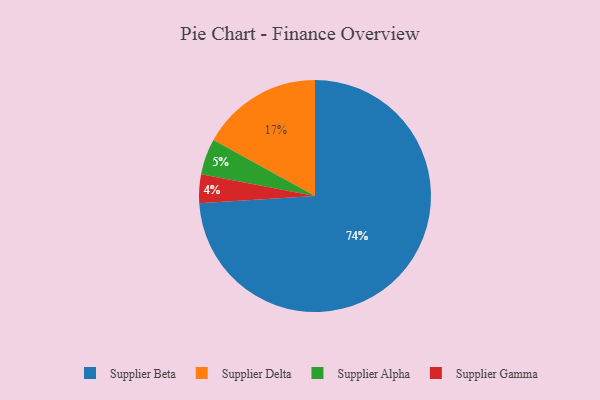
{"axis": {"x": "Category", "y": "Percentage"}, "legend": ["Supplier Alpha", "Supplier Beta", "Supplier Delta", "Supplier Gamma"], "data": [{"x": "Supplier Gamma", "y": 4, "type": "Supplier Gamma"}, {"x": "Supplier Beta", "y": 74, "type": "Supplier Beta"}, {"x": "Supplier Delta", "y": 17, "type": "Supplier Delta"}, {"x": "Supplier Alpha", "y": 5, "type": "Supplier Alpha"}]}